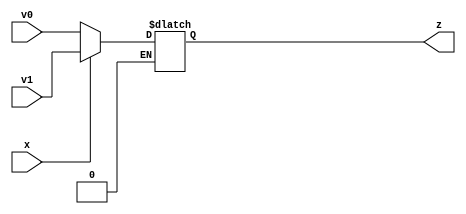
module Mux_21 (
    input wire v0,
    input wire v1,
    input wire x,
    output reg z
);

    always @ (*)begin
       if (x == 0) begin
           z = v0;
       end
       if (x == 1)begin    //feels redundant
           z = v1;
        end
    end

endmodule